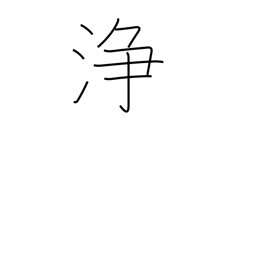
Meaning: clean